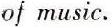
of music.